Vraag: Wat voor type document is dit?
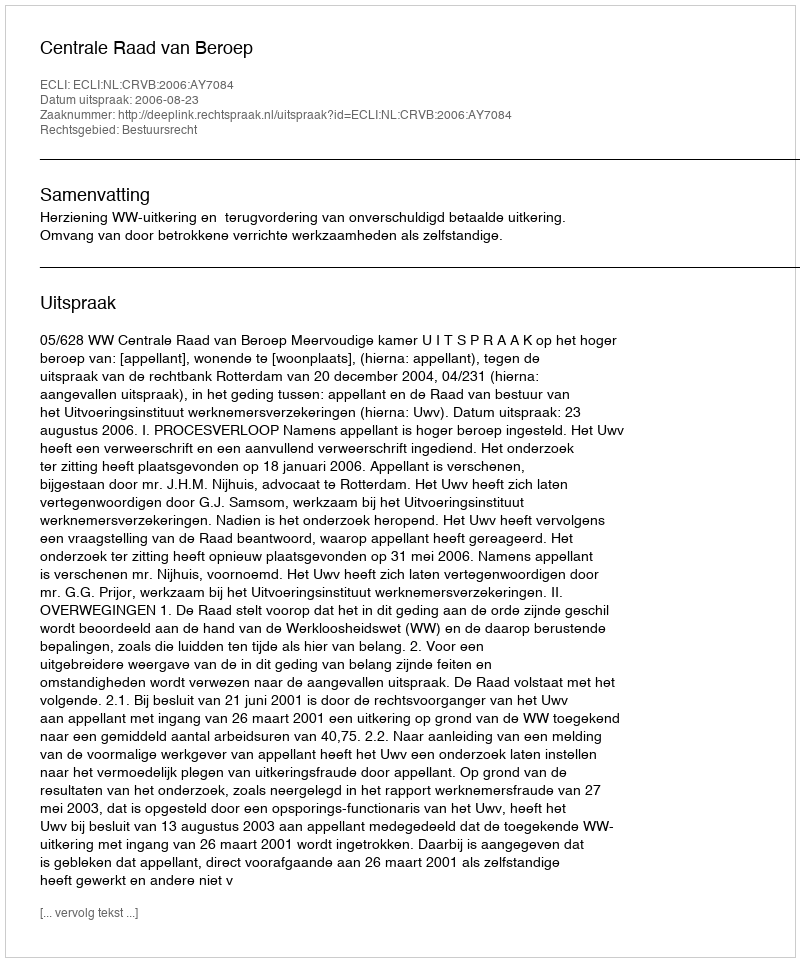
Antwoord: Uitspraak